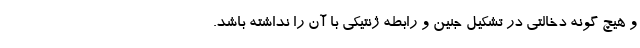
و هیچ گونه دخالتی در تشکیل جنین و رابطه ژنتیکی با آن را نداشته باشد.